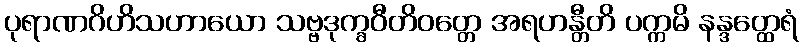
ပုရာဏဂိဟိသဟာယော သဗ္ဗဒုက္ခဝီတိဝတ္တေ အရဟန္တီတိ ပက္ကမိ နန္ဒတ္ထေရံ